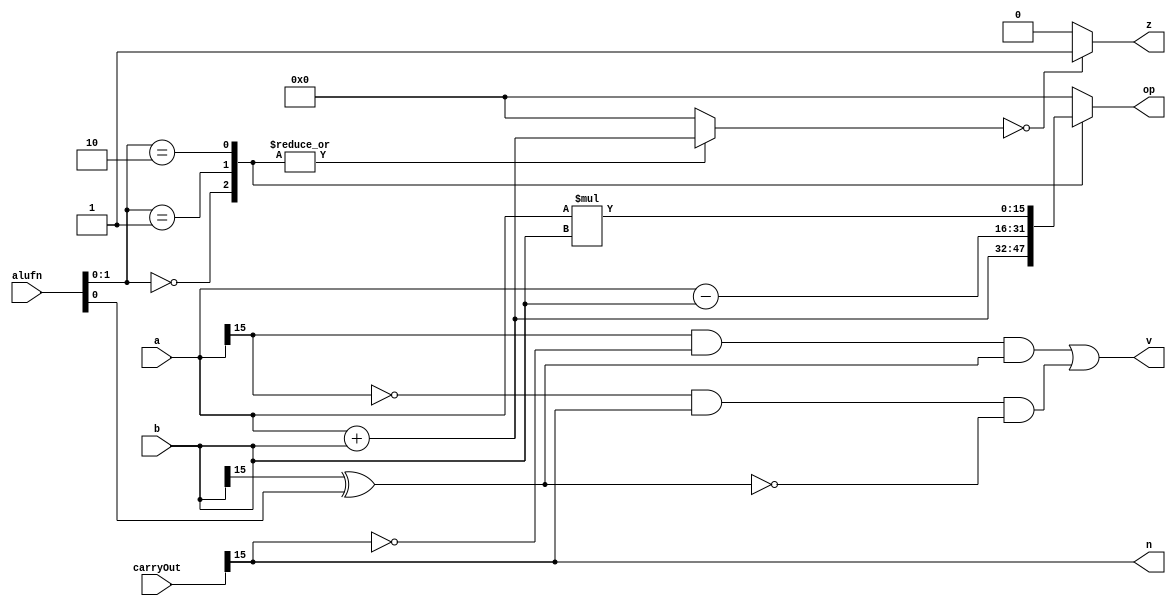
/*
   This file was generated automatically by the Mojo IDE version B1.3.6.
   Do not edit this file directly. Instead edit the original Lucid source.
   This is a temporary file and any changes made to it will be destroyed.
*/

module adder16_39 (
    input [15:0] a,
    input [15:0] b,
    input [5:0] alufn,
    input [15:0] carryOut,
    output reg [15:0] op,
    output reg z,
    output reg v,
    output reg n
  );
  
  
  
  reg [15:0] zin;
  
  always @* begin
    zin = 1'h0;
    
    case (alufn[0+1-:2])
      default: begin
        op = 1'h0;
      end
      2'h0: begin
        op = a + b;
        zin = a + b;
      end
      2'h1: begin
        op = a - b;
        zin = a + b;
      end
      2'h2: begin
        op = a * b;
        zin = a + b;
      end
    endcase
    if (zin == 16'h0000) begin
      z = 1'h1;
    end else begin
      z = 1'h0;
    end
    v = (a[15+0-:1] & (!carryOut[15+0-:1]) & (b[15+0-:1] ^ alufn[0+0-:1])) | ((!a[15+0-:1]) & carryOut[15+0-:1] & !(b[15+0-:1] ^ alufn[0+0-:1]));
    n = carryOut[15+0-:1];
  end
endmodule